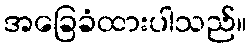
အခြေခံထားပါသည်။